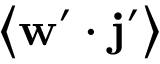
\left\langle \mathbf { w } ^ { \prime } \cdot \mathbf { j } ^ { \prime } \right\rangle